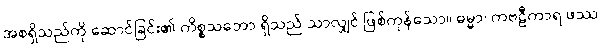
အစရှိသည်ကို ဆောင်ခြင်း၏ ကိစ္စသဘော ရှိသည် သာလျှင် ဖြစ်ကုန်သော။ ဓမ္မာ၊ ကဗဠီကာရ ဖဿ